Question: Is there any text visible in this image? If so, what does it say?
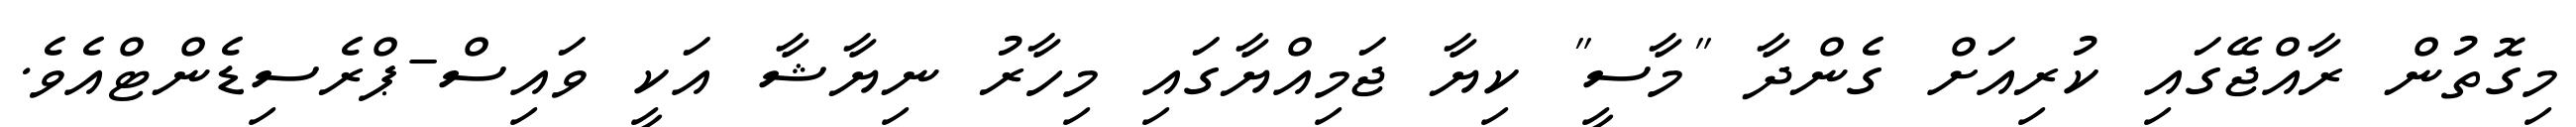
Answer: މިގޮތުން ރާއްޖޭގައި ކުރިއަށް ގެންދާ "މާސީ" ކިޔާ ޖަމިއްޔާގައި މިހާރު ނިޔާޝާ އަކީ ވައިސް-ޕްރެސިޑެންޓްއެވެ.